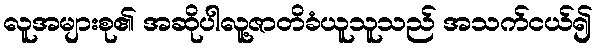
လူအများစု၏ အဆိုပါလူ့ဇာတိခံယူသူသည် အသက်ငယ်၍